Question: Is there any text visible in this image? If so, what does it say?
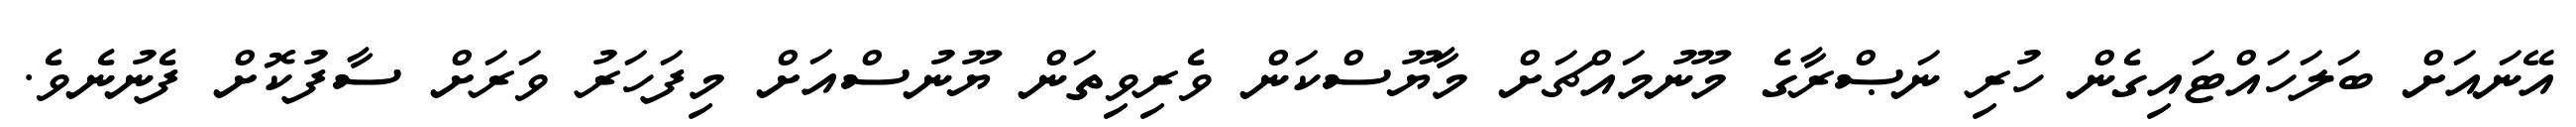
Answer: އޭނައަށް ބަލަހައްޓައިގެން ހުރި ނަޞްރާގެ މޫނުމައްޗަށް މާޔޫސްކަން ވެރިވިތަން ޔޫނުސްއަށް މިފަހަރު ވަރަށް ސާފުކޮށް ފެނުނެވެ.